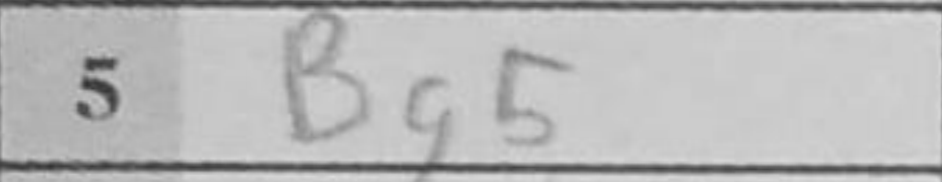
Transcription: Bg5